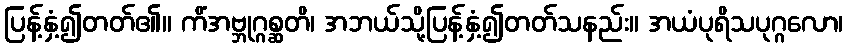
ပြန့်နှံ့၍တတ်၏။ ကိံအဗ္ဘုဂ္ဂစ္ဆတိ၊ အဘယ်သို့ပြန့်နှံ့၍တတ်သနည်း။ အယံပုရိသပုဂ္ဂလော၊